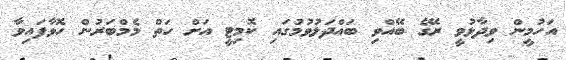
އަހުމީން ވިދާޅުވީ ރޭގެ ބޭއްވި ބައްދަލުވުމުގައި ކޮމިޓީ އަށް ހަތް މެމްބަރުން ހޮވާފައިވާ